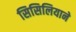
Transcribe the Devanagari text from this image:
सिसिलियाने